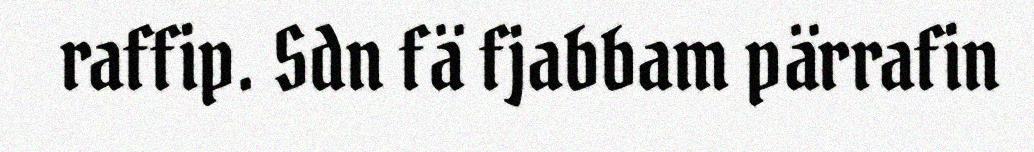
raffip. Sdn fä fjabbam pärrafin